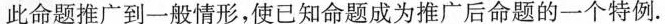
此命题推广到一般情形，使已知命题成为推广后命题的一个特例.